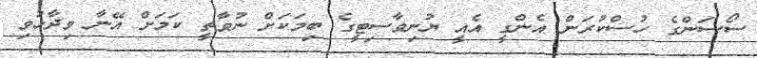
ސޯސަންގެ ހުސްކުރަން އެންގީ އެއީ ޔުނިވާސިޓީގެ ބިމަކަށް ނުވާތީ ކަމަށް އޭނާ ވިދާޅުވި